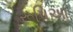
રૂપિઆ